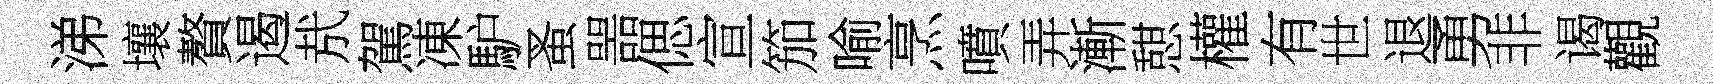
涕壤贅遏㢤駕凍馿蚤噐偲宣笳喻烹噴弄漸憇權有世退勇非谒觀